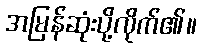
အမြန်ဆုံးပို့လိုက်၏။